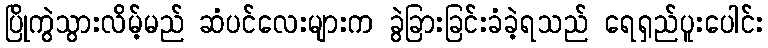
ပြိုကွဲသွားလိမ့်မည် ဆံပင်လေးများက ခွဲခြားခြင်းခံခဲ့ရသည် ရေရှည်ပူးပေါင်း